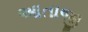
આતાજી